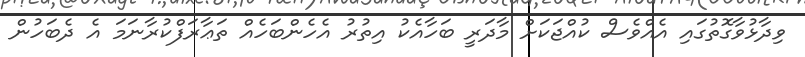
ވިދާޅުވާގޮތުގައި އެއްވެސް ކުއްޖަކަށް މާދަރީ ބަހާއެކު އިތުރު އެހެންބަހެއް ތަޢާރަފްކުރާނަމަ އެ ދެބަހުން